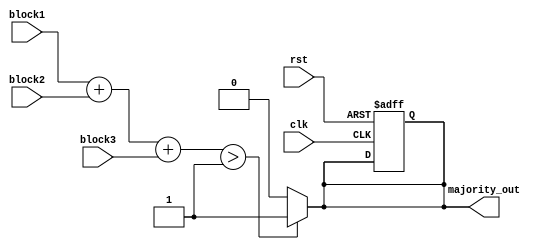
module MajorityVotingDetector (
    input wire block1,    // Input from memory block 1
    input wire block2,    // Input from memory block 2
    input wire block3,    // Input from memory block 3
    input wire clk,       // Clock input
    input wire rst,       // Reset input
    output reg majority_out // Output for majority value
);

// Combinational logic to determine the majority value
always @(*) begin
    if (block1 + block2 + block3 > 1) begin
        majority_out = 1'b1;  // More than half are 1's
    end else begin
        majority_out = 1'b0;  // Majority is 0
    end
end

// Optional: Reset logic can be added if needed
always @(posedge clk or posedge rst) begin
    if (rst) begin
        majority_out <= 1'b0; // Reset output to 0
    end
end

endmodule